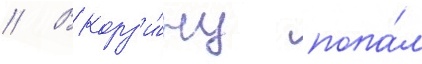
// В корз'и́ну попа́л